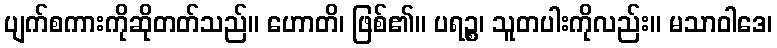
ပျက်စကားကိုဆိုတတ်သည်။ ဟောတိ၊ ဖြစ်၏။ ပရဉ္စ၊ သူတပါးကိုလည်း။ မသာဝါဒေ၊